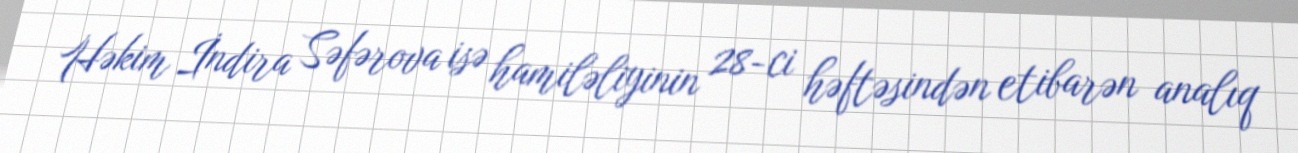
Həkim İndira Səfərova isə hamiləliyinin 28-ci həftəsindən etibarən analıq